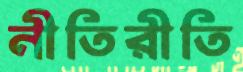
নীতিরীতি